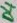
Text: D4